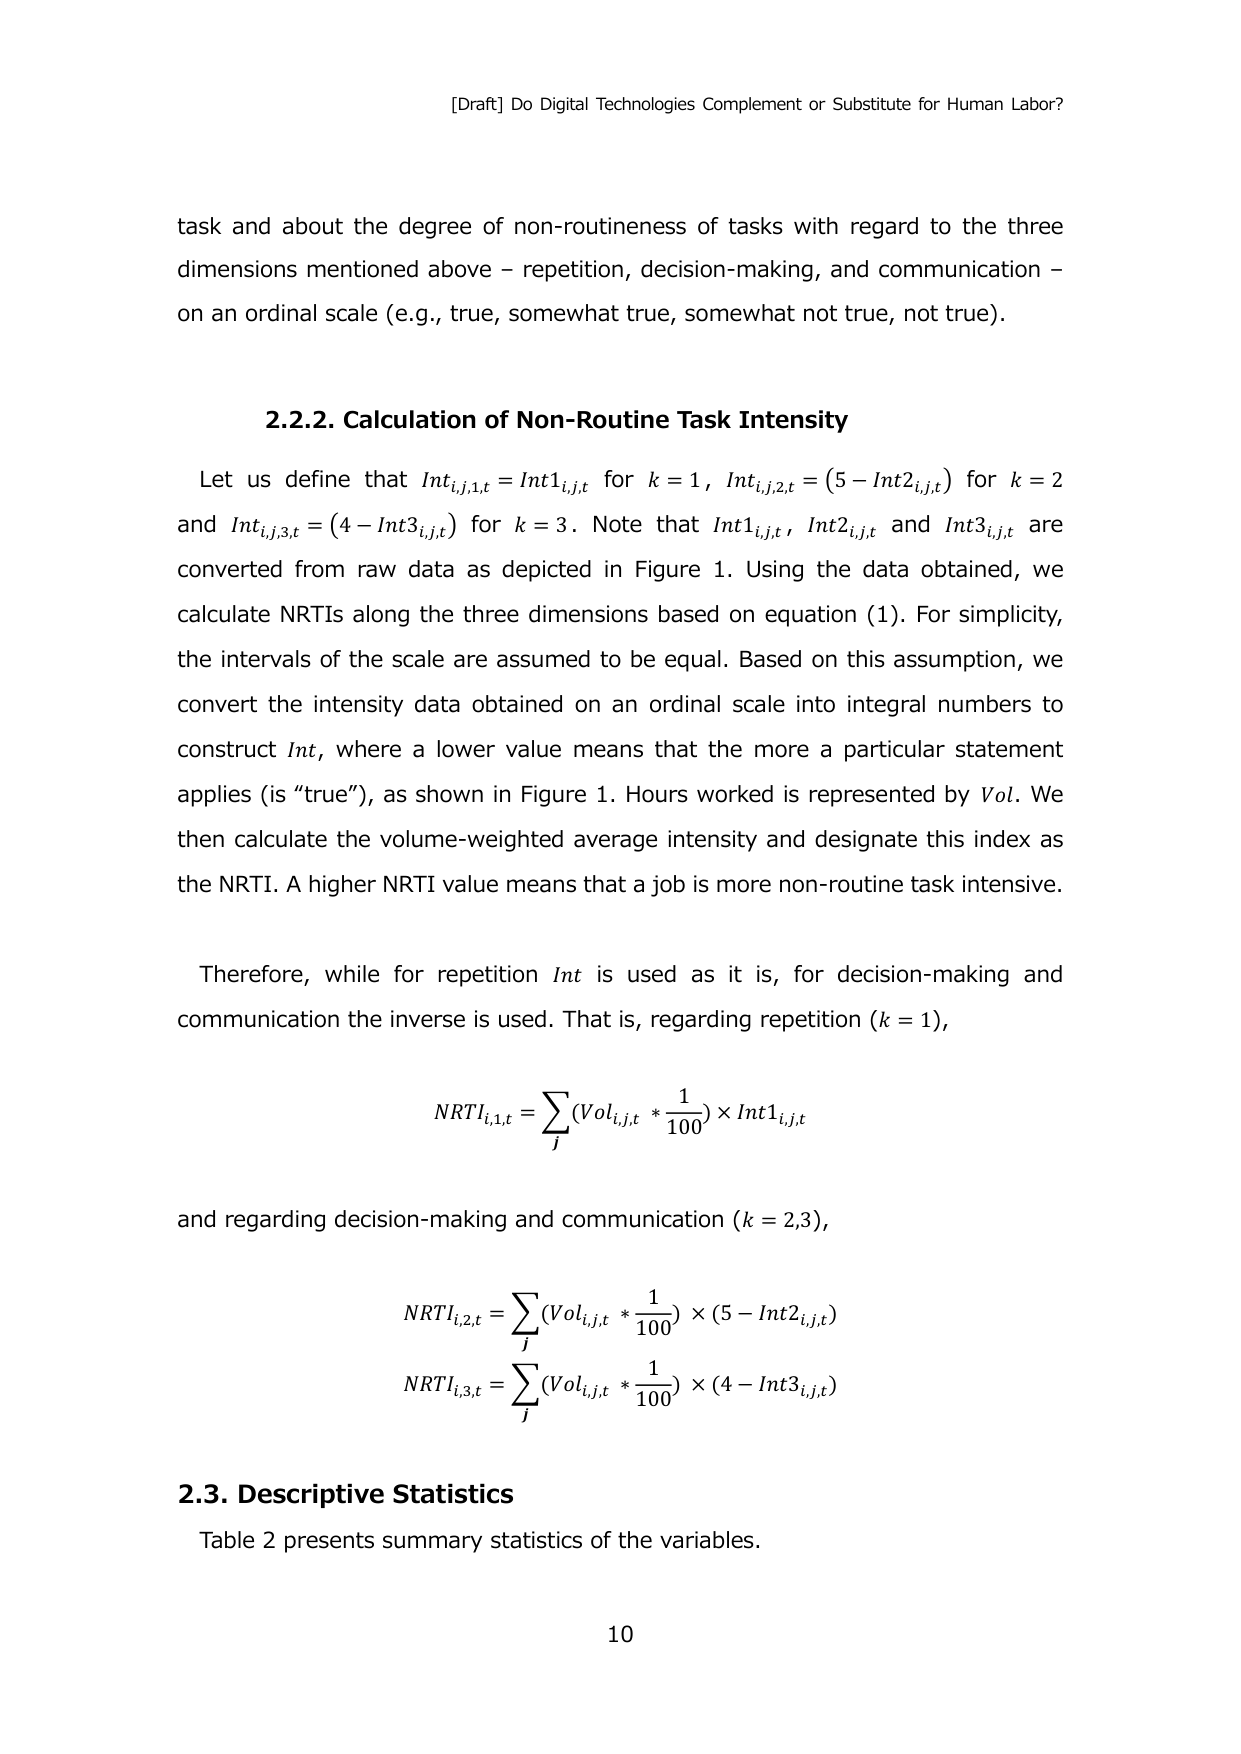
[Draft] Do Digital Technologies Complement or Substitute for Human Labor?

task and about the degree of non-routineness of tasks with regard to the three dimensions mentioned above – repetition, decision-making, and communication – on an ordinal scale (e.g., true, somewhat true, somewhat not true, not true).

2.2.2. Calculation of Non-Routine Task Intensity

Let us define that Int_{i,j,1,t} = Int1_{i,j,t} for k = 1, Int_{i,j,2,t} = (5 - Int2_{i,j,t}) for k = 2 and Int_{i,j,3,t} = (4 - Int3_{i,j,t}) for k = 3. Note that Int1_{i,j,t}, Int2_{i,j,t} and Int3_{i,j,t} are converted from raw data as depicted in Figure 1. Using the data obtained, we calculate NRTIs along the three dimensions based on equation (1). For simplicity, the intervals of the scale are assumed to be equal. Based on this assumption, we convert the intensity data obtained on an ordinal scale into integral numbers to construct Int, where a lower value means that the more a particular statement applies (is “true”), as shown in Figure 1. Hours worked is represented by Vol. We then calculate the volume-weighted average intensity and designate this index as the NRTI. A higher NRTI value means that a job is more non-routine task intensive.

Therefore, while for repetition Int is used as it is, for decision-making and communication the inverse is used. That is, regarding repetition (k = 1),

NRTI_{i,1,t} = Σ_j (Vol_{i,j,t} * 1/100) × Int1_{i,j,t}

and regarding decision-making and communication (k = 2,3),

NRTI_{i,2,t} = Σ_j (Vol_{i,j,t} * 1/100) × (5 - Int2_{i,j,t})
NRTI_{i,3,t} = Σ_j (Vol_{i,j,t} * 1/100) × (4 - Int3_{i,j,t})

2.3. Descriptive Statistics

Table 2 presents summary statistics of the variables.

10